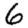
Digit: 6